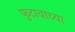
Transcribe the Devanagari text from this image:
फुटाचाच्या